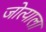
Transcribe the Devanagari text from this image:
जोत्याला